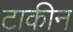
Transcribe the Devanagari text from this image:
टाकीन